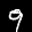
Label: 9